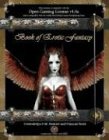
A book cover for Book of Erotic Fantasy; Gwendolyn F. M. Kestrel; Science Fiction & Fantasy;